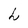
Character: h